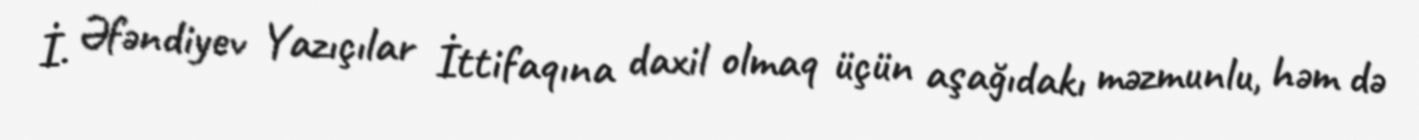
İ. Əfəndiyev Yazıçılar İttifaqına daxil olmaq üçün aşağıdakı məzmunlu, həm də